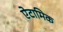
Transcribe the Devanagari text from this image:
ऐटामिक